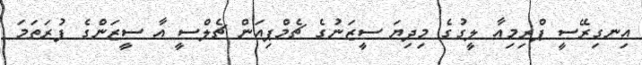
އިނގިރޭސީ ޕްރިމިއާ ލީގުގެ މިދިޔަ ސީޒަނުގެ ޗެމްޕިއަން ޗެލްސީ އާ ސީޒަންގެ ފުރަތަމަ